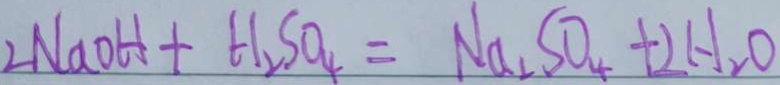
2 N a O H + H _ { 2 } S O _ { 4 } = N a _ { 2 } S O _ { 4 } + 2 H _ { 2 } O